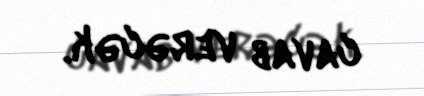
cavab verəcək.